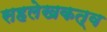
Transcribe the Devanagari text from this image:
सहलेखकत्व